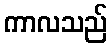
ကာလသည်